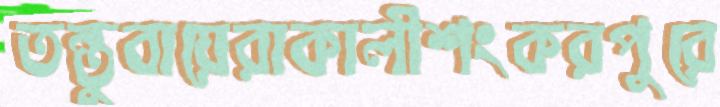
তন্তুবায়েরাকালীশংকরপুরে